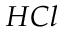
H C l